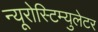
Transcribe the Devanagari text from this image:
न्यूरोस्टिम्युलेटर